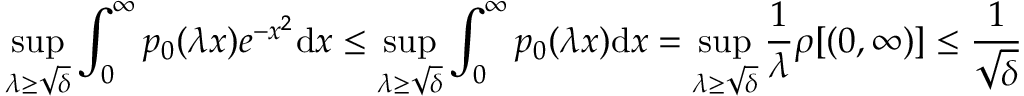
\operatorname* { s u p } _ { \lambda \ge \sqrt { \delta } } \int _ { 0 } ^ { \infty } p _ { 0 } ( \lambda x ) e ^ { - x ^ { 2 } } \mathrm { d } x \le \operatorname* { s u p } _ { \lambda \ge \sqrt { \delta } } \int _ { 0 } ^ { \infty } p _ { 0 } ( \lambda x ) \mathrm { d } x = \operatorname* { s u p } _ { \lambda \ge \sqrt { \delta } } \frac 1 \lambda \rho [ ( 0 , \infty ) ] \le \frac 1 { \sqrt { \delta } }